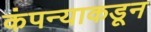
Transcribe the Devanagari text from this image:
कंपन्याकडून